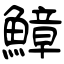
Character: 鱆